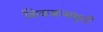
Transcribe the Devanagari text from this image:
शिवजन्मभुमी